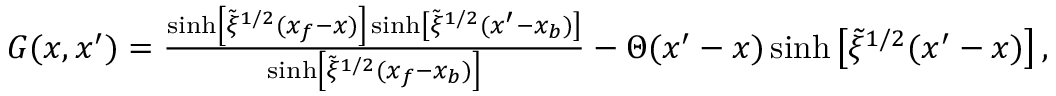
\begin{array} { r } { G ( x , x ^ { \prime } ) = \frac { \sinh \left[ \tilde { \xi } ^ { 1 / 2 } ( x _ { f } - x ) \right] \sinh \left[ \tilde { \xi } ^ { 1 / 2 } ( x ^ { \prime } - x _ { b } ) \right] } { \sinh \left[ \tilde { \xi } ^ { 1 / 2 } ( x _ { f } - x _ { b } ) \right] } - \Theta ( x ^ { \prime } - x ) \sinh \left[ \tilde { \xi } ^ { 1 / 2 } ( x ^ { \prime } - x ) \right] , } \end{array}